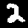
Label: 2